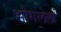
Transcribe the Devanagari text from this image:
भोगलेला